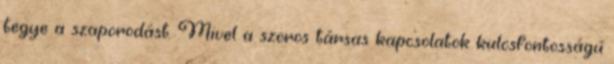
tegye a szaporodást. Mivel a szoros társas kapcsolatok kulcsfontosságú